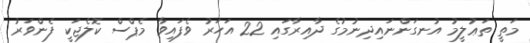
މަތީ ތަޢުލީމު އުނގަންނައިދިނުމުގެ ދާއިރާގައި 22 އަހަރު ވެފައިވާ މެޕްސް ކޮލެޖަކީ ފެންވަރު